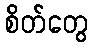
စိတ်တွေ